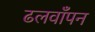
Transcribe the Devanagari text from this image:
ढलवाँपन